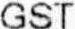
GST